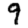
Digit: 9